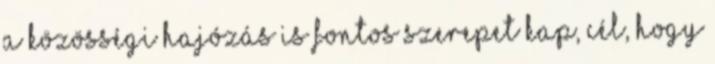
a közösségi hajózás is fontos szerepet kap, cél, hogy